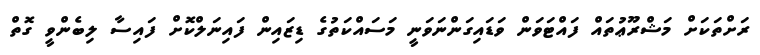
ރަށްތަކަށް މަޝްރޫޢުތައް ފައްޓަވަން ވަޑައިގަންނަވަނީ މަސައްކަތުގެ ޑިޒައިން ފައިނަލްކޮށް ފައިސާ ލިބެންވީ ގޮތް